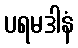
ပရမဒါနံ